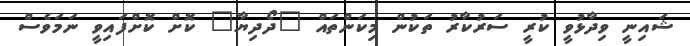
ޝައިނީ ވިދާޅުވީ ކުރީ ސަރުކާރު ތަކުން މިކަންތައް "ދޯދިޔާ" ކޮށް ކޮށްފައިވީ ނަމަވެސް